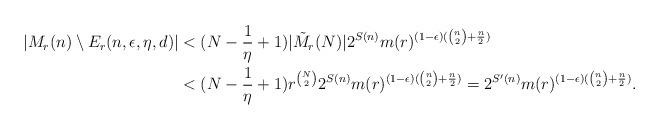
LaTeX: \begin{align*} |M_r(n)\setminus E_r(n, \epsilon, \eta, d)|&<(N-\frac{1}{\eta}+1) |\tilde{M}_r(N)| 2^{S(n)} m(r)^{(1-\epsilon)({n\choose 2} +\frac{n}{2})} \\ &< (N-\frac{1}{\eta}+1)r^{{N \choose 2}} 2^{S(n)} m(r)^{(1-\epsilon)({n\choose 2} +\frac{n}{2})} = 2^{S'(n)}m(r)^{(1-\epsilon)({n\choose 2} +\frac{n}{2})}.\end{align*}